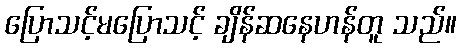
ပြောသင့်မပြောသင့် ချိန်ဆနေဟန်တူ သည်။